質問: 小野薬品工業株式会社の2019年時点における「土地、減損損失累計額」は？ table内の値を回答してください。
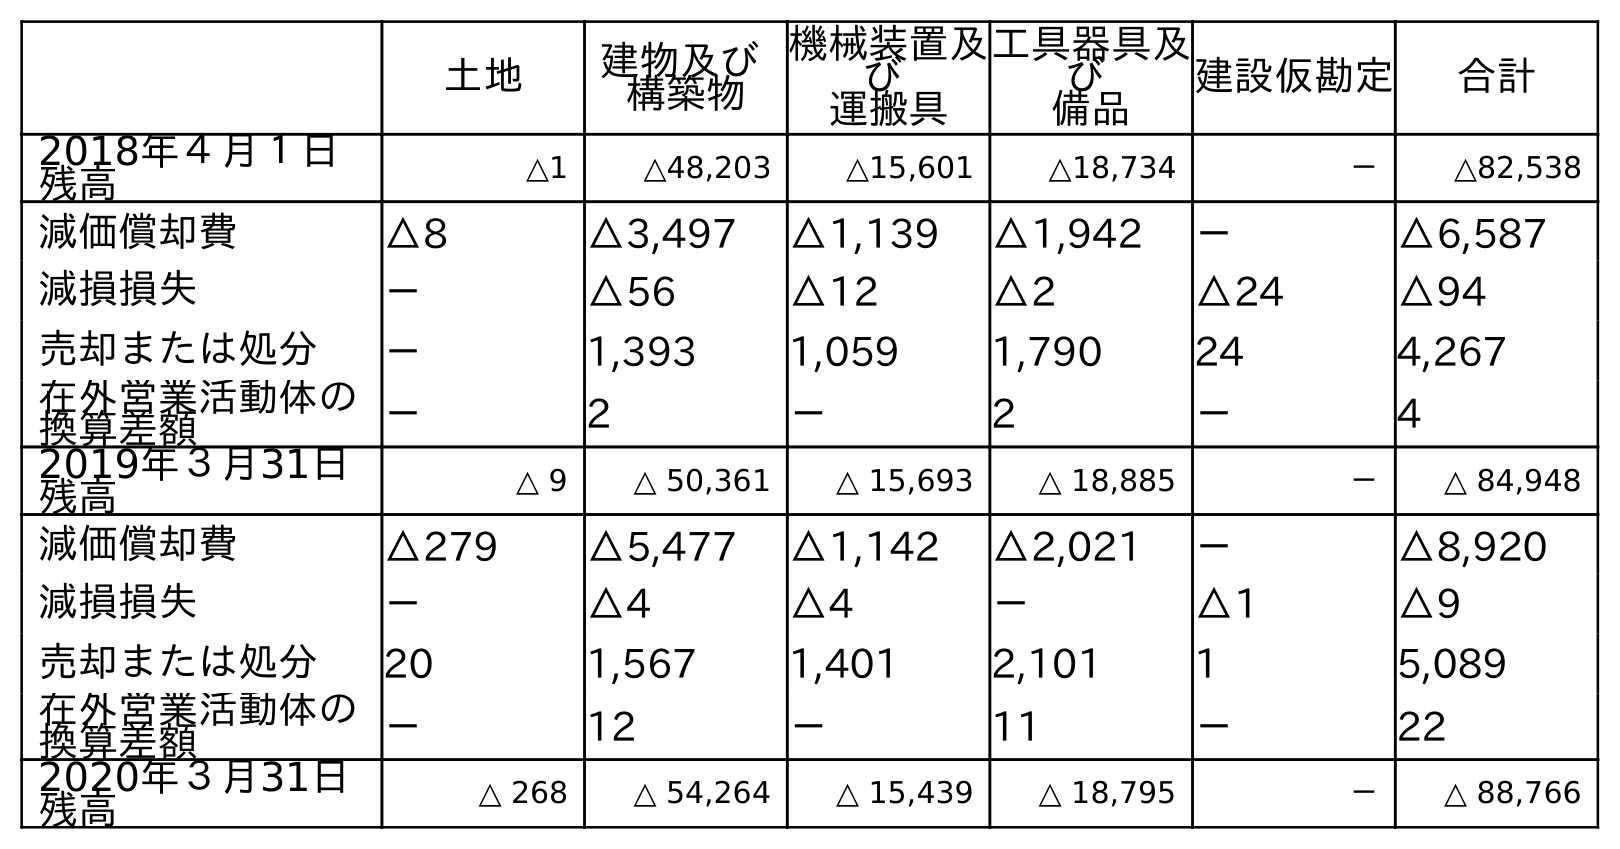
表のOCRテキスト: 土地 建物及び 構築物 機械装置及 び 運搬具 工具器具及 び 備品 建設仮勘定 合計 2018年４月１日 残高 △1 △48,203 △15,601 △18,734 － △82,538 減価償却費 △8 △3,497 △1,139 △1,942 － △6,587 減損損失 － △56 △12 △2 △24 △94 売却または処分 － 1,393 1,059 1,790 24 4,267 在外営業活動体の 換算差額 － 2 － 2 － 4 2019年３月31日 残高 △ 9 △ 50,361 △ 15,693 △ 18,885 － △ 84,948 減価償却費 △279 △5,477 △1,142 △2,021 － △8,920 減損損失 － △4 △4 － △1 △9 売却または処分 20 1,567 1,401 2,101 1 5,089 在外営業活動体の 換算差額 － 12 － 11 － 22 2020年３月31日 残高 △ 268 △ 54,264 △ 15,439 △ 18,795 － △ 88,766
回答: △9